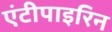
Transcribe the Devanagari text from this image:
एंटीपाइरिन